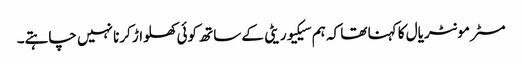
مسٹر مونٹریال کا کہنا تھا کہ ہم سیکیوریٹی کے ساتھ کوئی کھلواڑ کرنا نہیں چاہتے۔